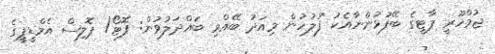
ޖުމްހޫރީ ޕާޓީގެ ބޭފުޅުންނާއެކު ފުލުހުން މިއަދު ބޭއްވި ބައްދަލުވުން: ފޮޓޯ/ ޕޮލިސް އެމްޑީޕީގެ